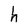
Character: h